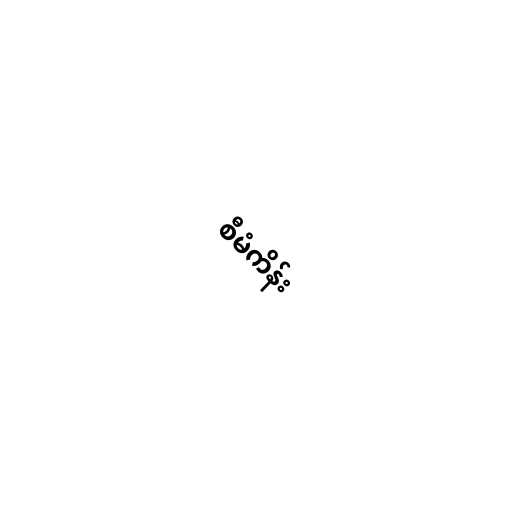
စီမံကိန်း